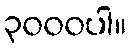
၃၀၀၀ပါ။